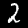
Digit: 2